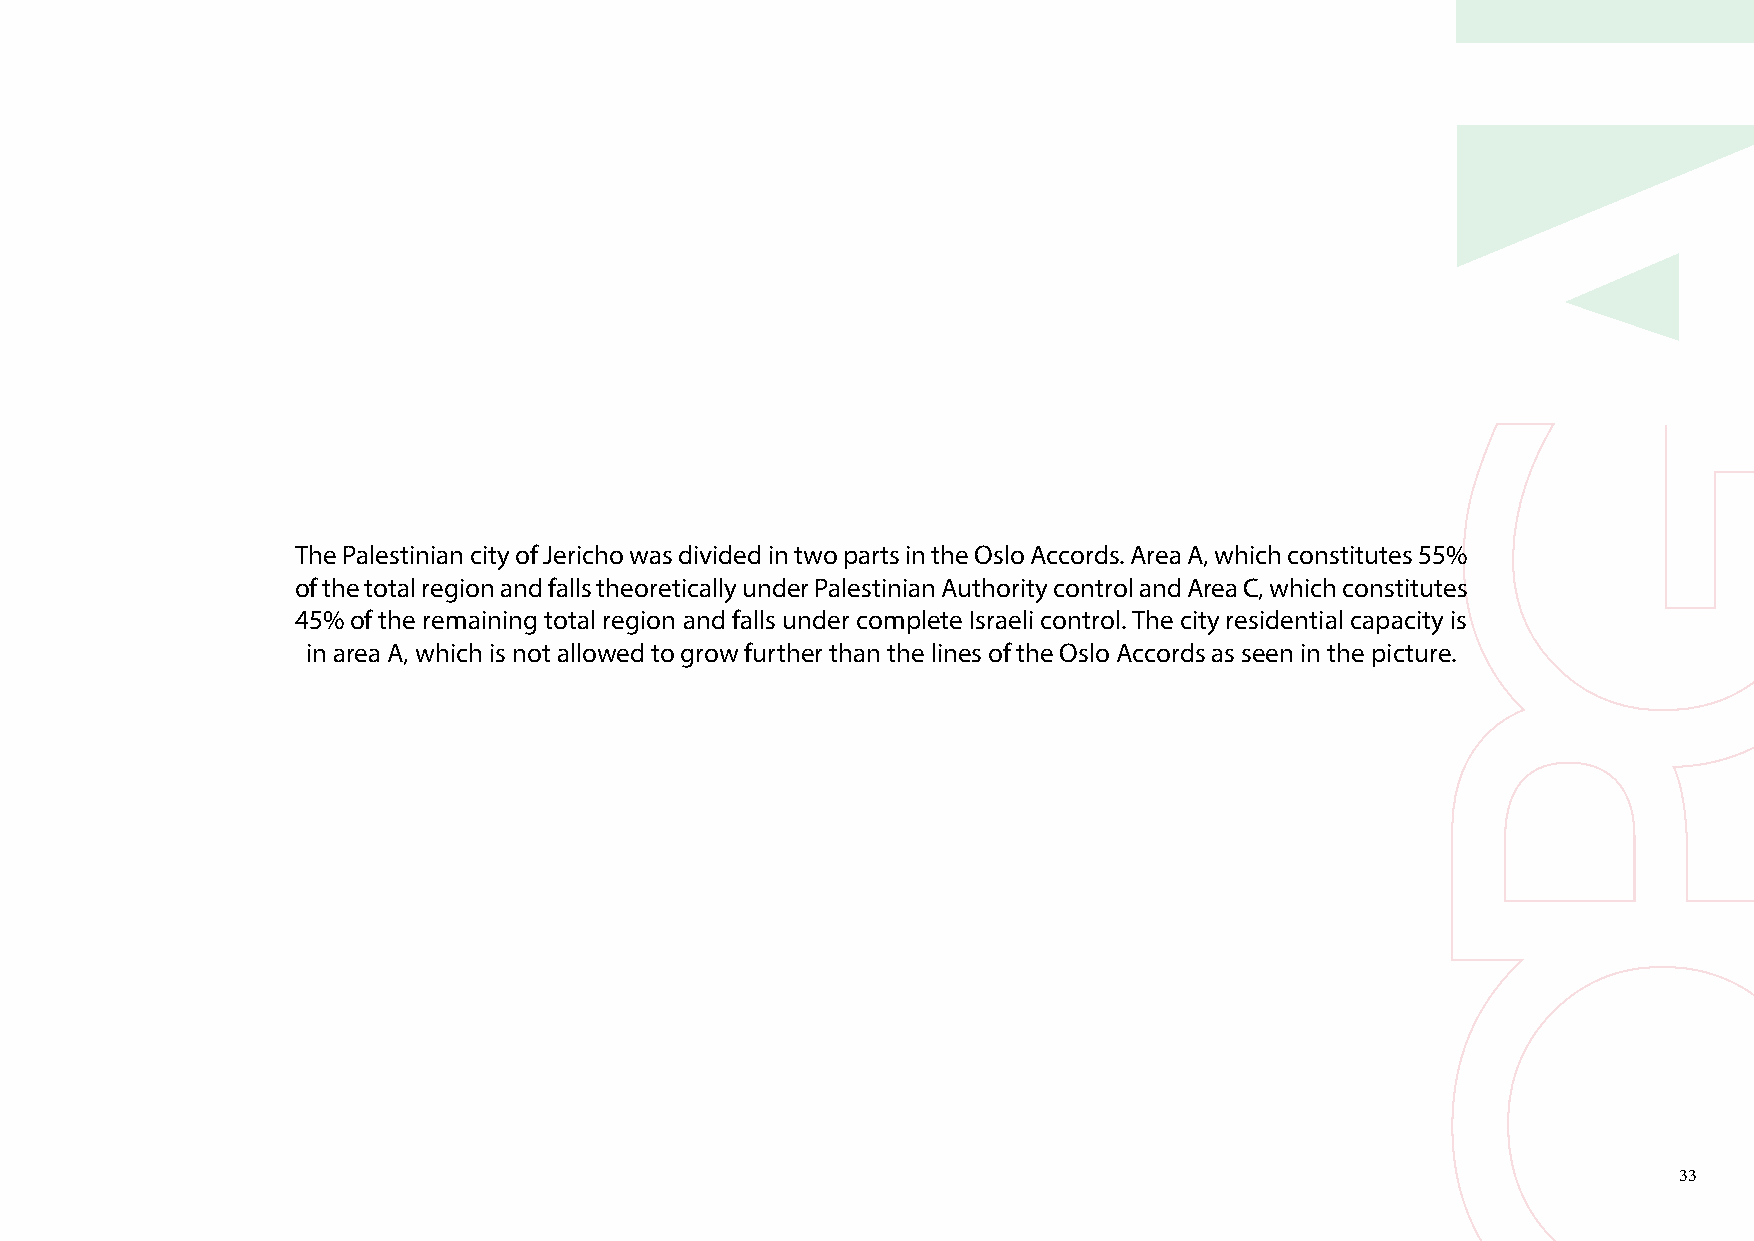
The Palestinian city of Jericho was divided in two parts in the Oslo Accords. Area A, which constitutes 55%
 of the total region and falls theoretically under Palestinian Authority control and Area C, which constitutes
 45% of the remaining total region and falls under complete Israeli control. The city residential capacity is
 in area A, which is not allowed to grow further than the lines of the Oslo Accords as seen in the picture.
 33